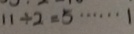
1 1 \div 2 = 5 \cdots 1